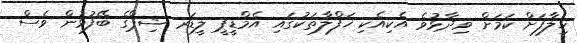
ޚިލާފަށް ކަމަށް ވިދާޅުވެ އެކިއެކި ޚަފްލާތަކުގައި އެމްޑީޕީ ލީޑަރ ޝިޕްގެ ބޭފުޅުން ވެސް